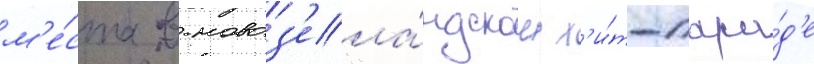
м'е́ста в новоз'ела́ндском х'и́т-пара́д'е